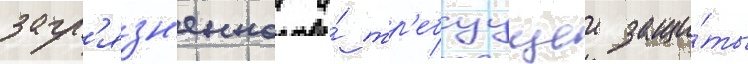
загр'язн'еннои и́ тр'ебуущеи защи́ты